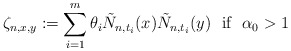
\begin{align*}\zeta_{n,x,y}:=\sum_{i=1}^m\theta_i\tilde N_{n,t_i}(x)\tilde N_{n,t_i}(y)\ \ \mbox{if}\ \ \alpha_0>1\end{align*}